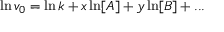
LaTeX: \ln v _ { 0 } = \ln k + x \ln [ A ] + y \ln [ B ] + . . .